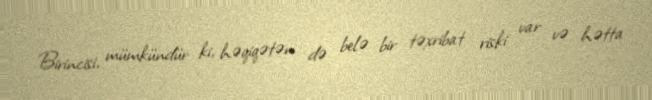
Birincisi, mümkündür ki, həqiqətən də belə bir təxribat riski var və hətta